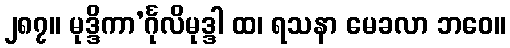
၂၈၇။ မုဒ္ဒိကာ’င်္ဂုလိမုဒ္ဒါ ထ၊ ရသနာ မေခလာ ဘဝေ။